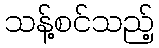
သန့်စင်သည့်